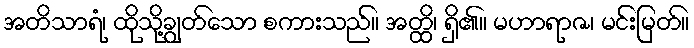
အတိသာရံ၊ ထိုသို့ချွတ်သော စကားသည်။ အတ္ထိ၊ ရှိ၏။ မဟာရာဇ၊ မင်းမြတ်။